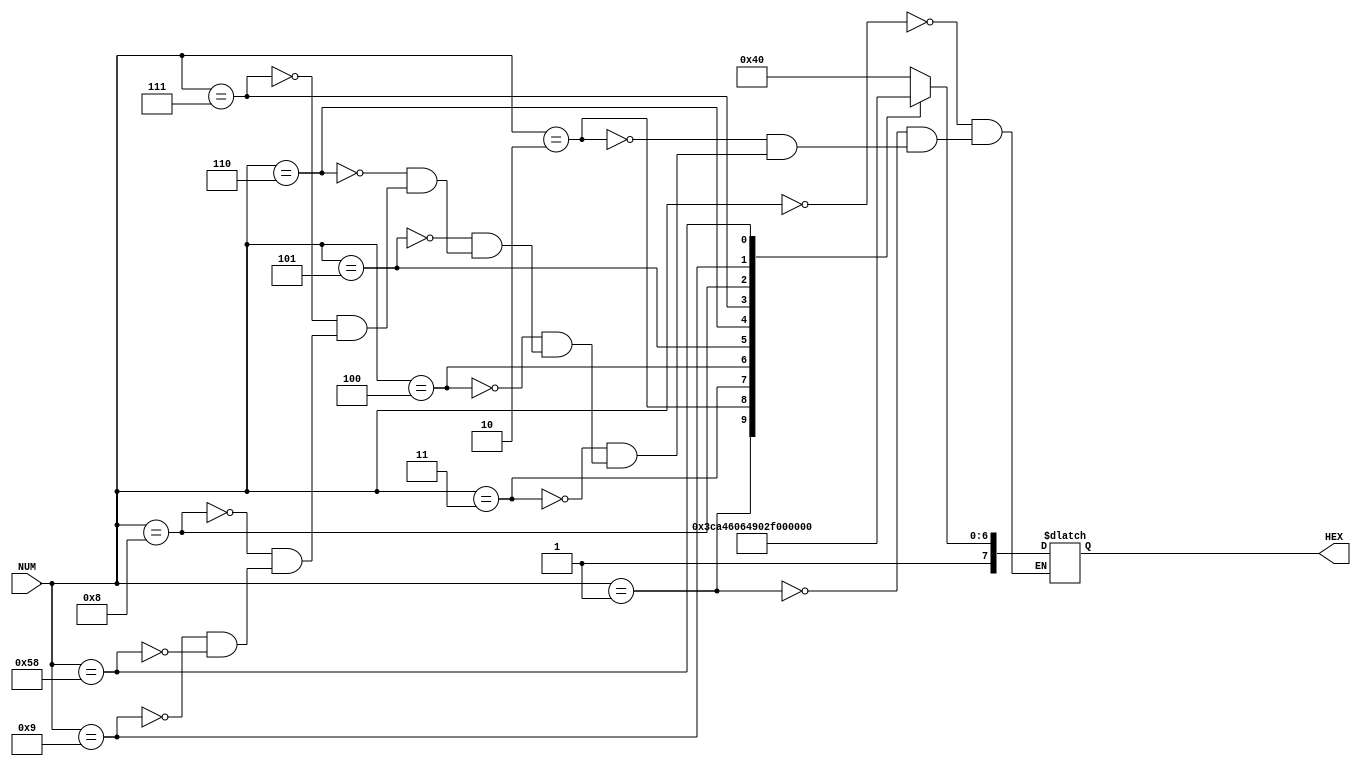
module SevenSeg(
 
    //////////// SEG7 //////////
    output           [7:0]      HEX,
 
    //////////// KEY //////////
    input            [7:0]     NUM
    
);
 
reg [7:0] value;
 
// Takes decimal number and converts to binary for HEX display based on logic 0 = on, 
// logic 1 = off for each segment.
// If NUM = 'd88 is blank
always @(NUM)
    begin
        case(NUM)
            8'd0: value = 8'b11000000;
            8'd1: value = 8'b11111001;
            8'd2: value = 8'b10100100;
            8'd3: value = 8'b10110000;
            8'd4: value = 8'b10011001;
            8'd5: value = 8'b10010010;
            8'd6: value = 8'b10000010;
            8'd7: value = 8'b11111000;
            8'd8: value = 8'b10000000;
            8'd9: value = 8'b10011000;

            8'd88: value = 8'b11111111;
        endcase
    end


//the HEX display passed is given whatever value determined above
assign HEX[7:0] = value;
 
 
endmodule